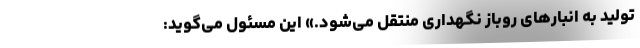
تولید به انبارهای روباز نگهداری منتقل می‌شود.» این مسئول می‌گوید: